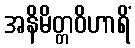
အနိမိတ္တဝိဟာရိံ